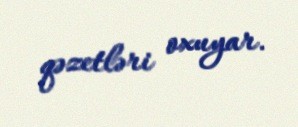
qəzetləri oxuyar.